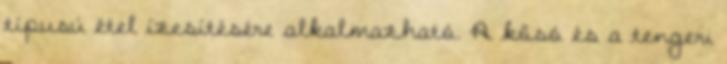
típusú étel ízesítésére alkalmazható. A kősó és a tengeri